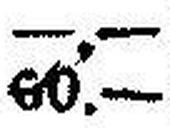
60.—